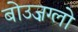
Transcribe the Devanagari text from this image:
बोउज़ग्लो